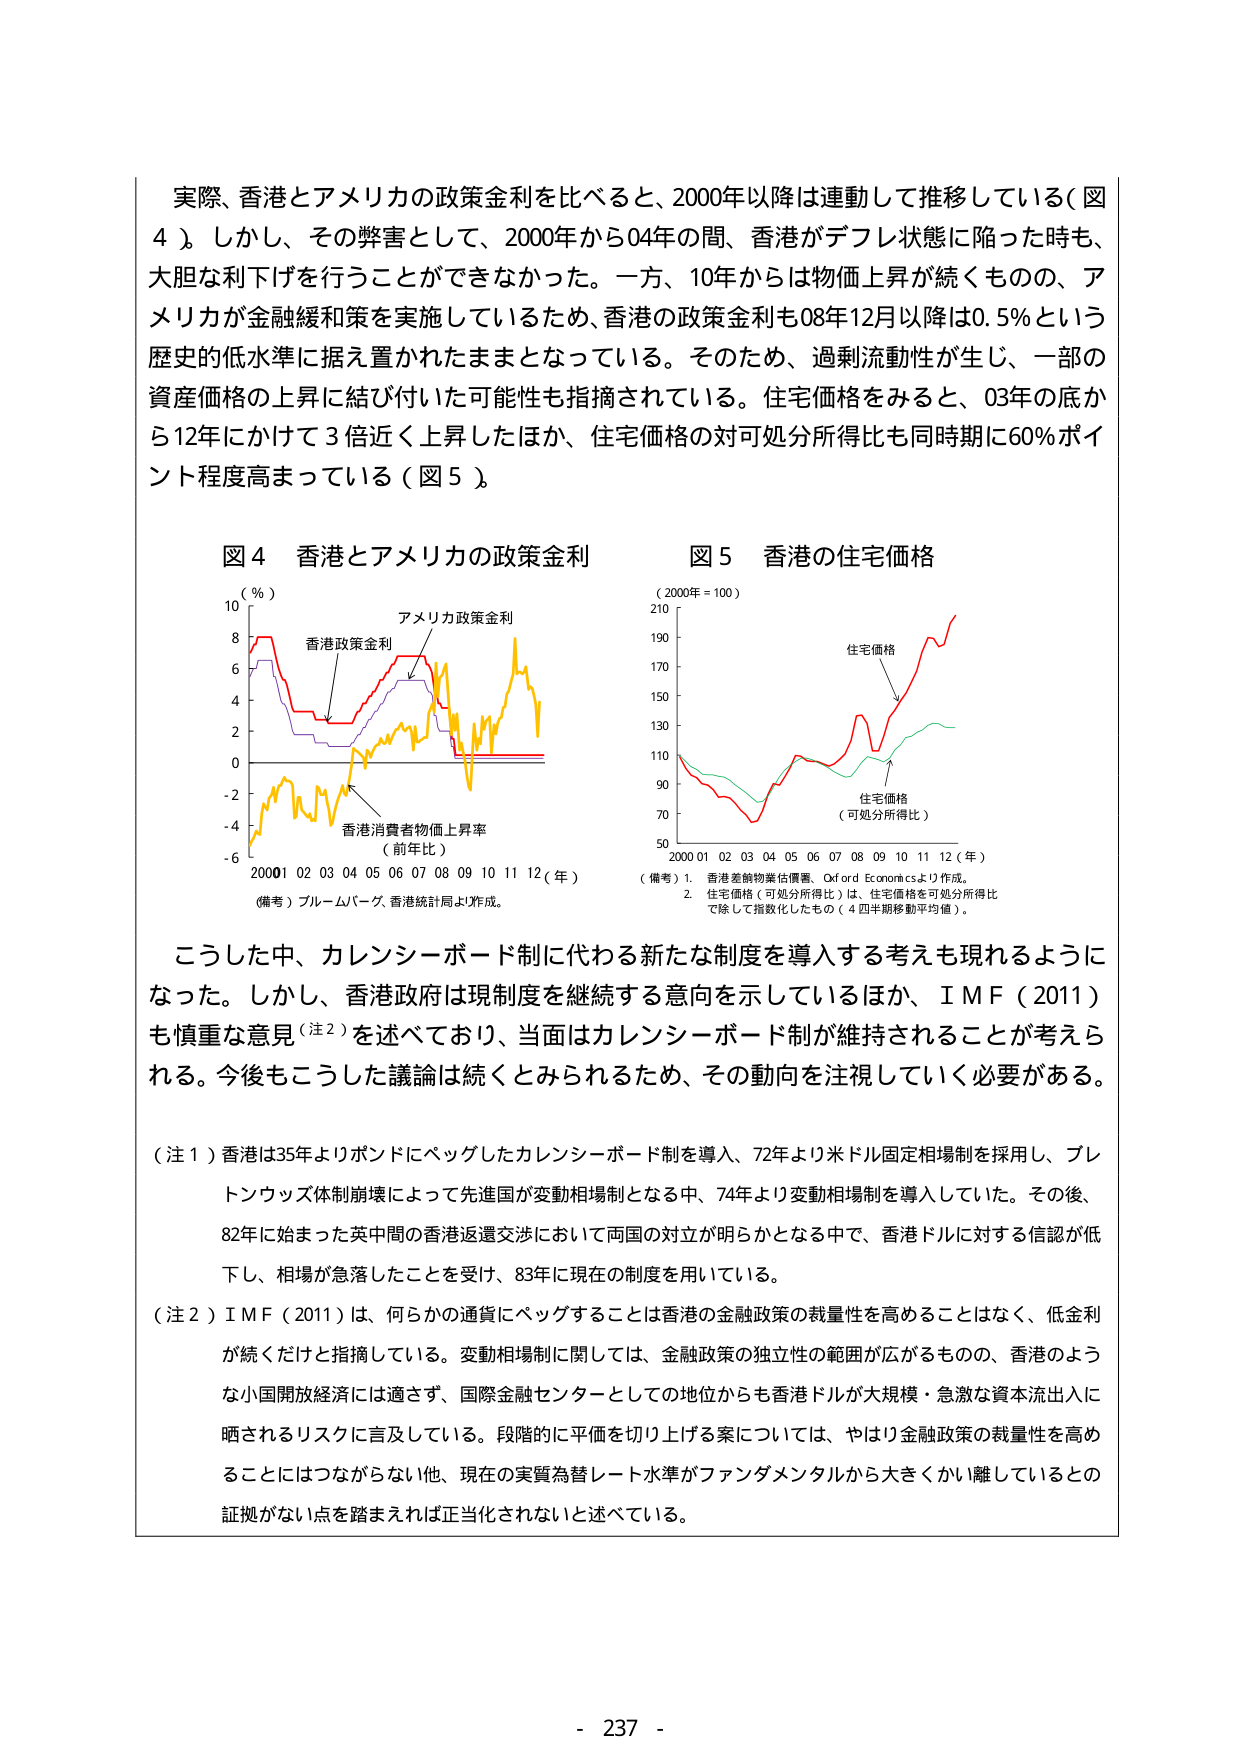
実際、香港とアメリカの政策金利を比べると、2000年以降は連動して推移している（図4）。しかし、その弊害として、2000年から04年の間、香港がデフレ状態に陥った時も、大胆な利下げを行うことができなかった。一方、10年からは物価上昇が続くものの、アメリカが金融緩和策を実施しているため、香港の政策金利も08年12月以降は0.5％という歴史的低水準に据え置かれたままとなっている。そのため、過剰流動性が生じ、一部の資産価格の上昇に結び付いた可能性も指摘されている。住宅価格をみると、03年の底から12年にかけて3倍近く上昇したほか、住宅価格の対可処分所得比も同時期に60％ポイント程度高まっている（図5）。

図4 香港とアメリカの政策金利
（％）
10
8
6
4
2
0
-2
-4
-6
2000 01 02 03 04 05 06 07 08 09 10 11 12（年）
（備考）ブルームバーグ、香港統計局より作成。
香港政策金利
アメリカ政策金利
香港消費者物価上昇率
（前年比）

図5 香港の住宅価格
（2000年＝100）
210
190
170
150
130
110
90
70
50
2000 01 02 03 04 05 06 07 08 09 10 11 12（年）
住宅価格
住宅価格
（可処分所得比）
（備考）1. 香港差餉物業估價署、Oxford Economicsより作成。
2. 住宅価格（可処分所得比）は、住宅価格を可処分所得比で除して指数化したもの（4四半期移動平均値）。

こうした中、カレンシーボード制に代わる新たな制度を導入する考えも現れるようになった。しかし、香港政府は現制度を継続する意向を示しているほか、IMF（2011）も慎重な意見（注2）を述べており、当面はカレンシーボード制が維持されることが考えられる。今後もこうした議論は続くとみられるため、その動向を注視していく必要がある。

（注1）香港は35年よりポンドにベッグしたカレンシーボード制を導入、72年より米ドル固定相場制を採用し、ブレトンウッズ体制崩壊によって先進国が変動相場制となる中、74年より変動相場制を導入していた。その後、82年に始まった英中間の香港返還交渉において両国の対立が明らかとなる中で、香港ドルに対する信認が低下し、相場が急落したことを受け、83年に現在の制度を用いている。

（注2）IMF（2011）は、何らかの通貨にベッグすることは香港の金融政策の裁量性を高めることはなく、低金利が続くだけと指摘している。変動相場制に関しては、金融政策の独立性の範囲が広がるもの、香港のような小国開放経済には適さず、国際金融センターとしての地位からも香港ドルが大規模・急激な資本流出入に晒されるリスクに言及している。段階的に平価を切り上げる案については、やはり金融政策の裁量性を高めることにはつながらない他、現在の実質為替レート水準がファンダメンタルから大きくかい離しているとの証拠がない点を踏まえれば正当化されないと述べている。

- 237 -